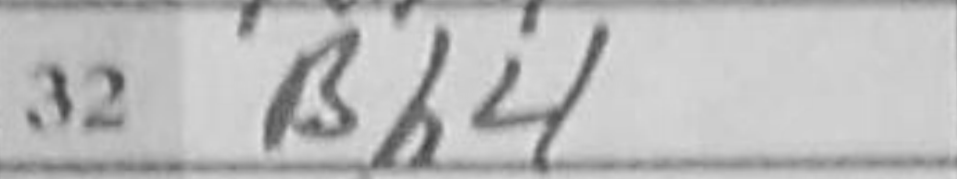
Transcription: Bh4